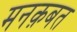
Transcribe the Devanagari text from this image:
मनक़बत